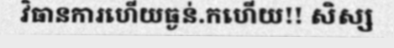
វិធានការហើយធ្ងន់.កហើយ!! សិស្ស